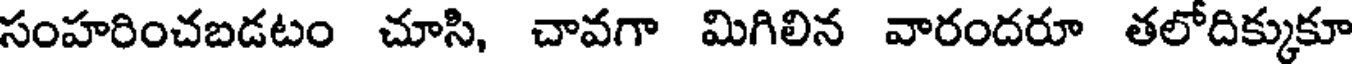
సంహరించబడటం చూసి, చావగా మిగిలిన వారందరూ తలోదిక్కుకూ